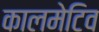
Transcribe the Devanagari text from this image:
कालमेटिव